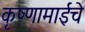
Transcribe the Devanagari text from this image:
कृष्णामाईचे